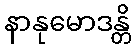
နာနုမောဒန္တိ